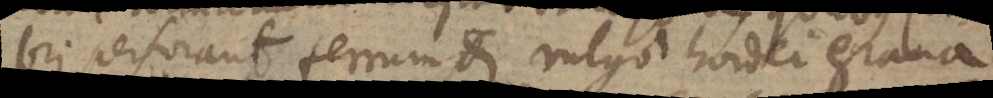
bri perforant ferrum et vulgo hordei grana